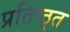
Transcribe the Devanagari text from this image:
प्रतिष्ठ्त